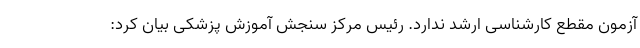
آزمون مقطع کارشناسی ارشد ندارد. رئیس مرکز سنجش آموزش پزشکی بیان کرد: